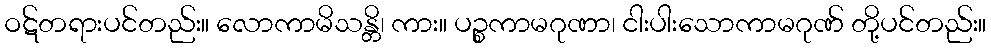
ဝဋ်တရားပင်တည်း။ လောကာမိသန္တိ၊ ကား။ ပဉ္စကာမဂုဏာ၊ ငါးပါးသောကာမဂုဏ် တို့ပင်တည်း။